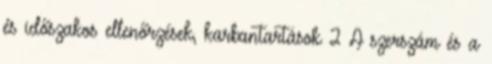
és időszakos ellenőrzések, karbantartások 2 A szerszám és a